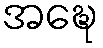
အဍ္ဎေ